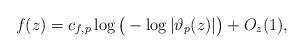
LaTeX: \begin{align*}f(z)=c_{f,p}\log\big(-\log|\vartheta_{p}(z)|\big) + O_{z}(1),\end{align*}